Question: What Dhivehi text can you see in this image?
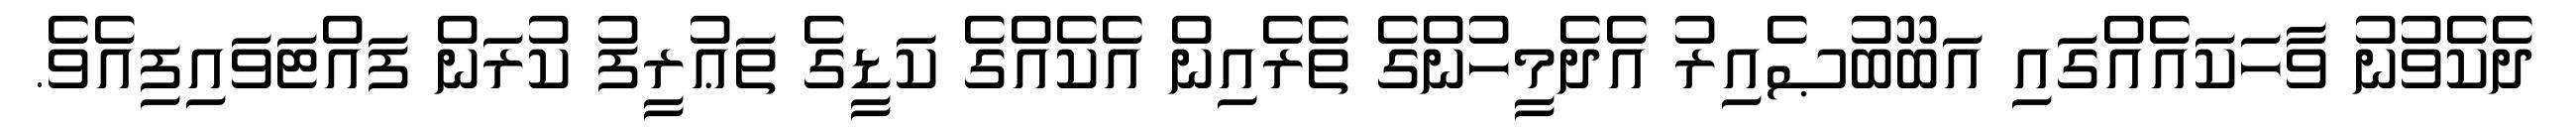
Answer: ދެކެވުނު ވާހަކައެއްގައި އަބޫބުޞެއިރު އެދެމީހުންގެ ތެރެއިން އެކެއްގެ ކަޑީގެ ތަޢުރީފު ކުރަން ފައްޓަވައިފިއެވެ.